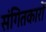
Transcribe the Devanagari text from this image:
संगितकारों